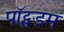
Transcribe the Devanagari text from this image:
पॉट्सडम